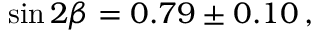
\sin 2 \beta = 0 . 7 9 \pm 0 . 1 0 \, ,